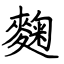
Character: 麴